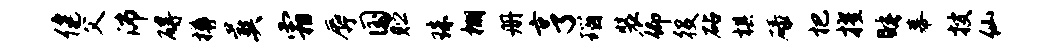
健父沛碍樽葬霜辱国贮珠棚册亨瑙装仰役砧棋碌杷擢睡幕搜仙